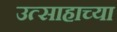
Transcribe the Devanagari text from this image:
उत्साहाच्या